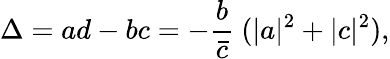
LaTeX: \Delta=ad-bc=-\frac{b}{\bar{c}}\ (\vert a\vert^{2}+\vert c\vert^{2}),